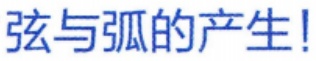
弦与弧的产生！